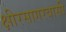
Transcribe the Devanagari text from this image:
क्षीरसागरवासी